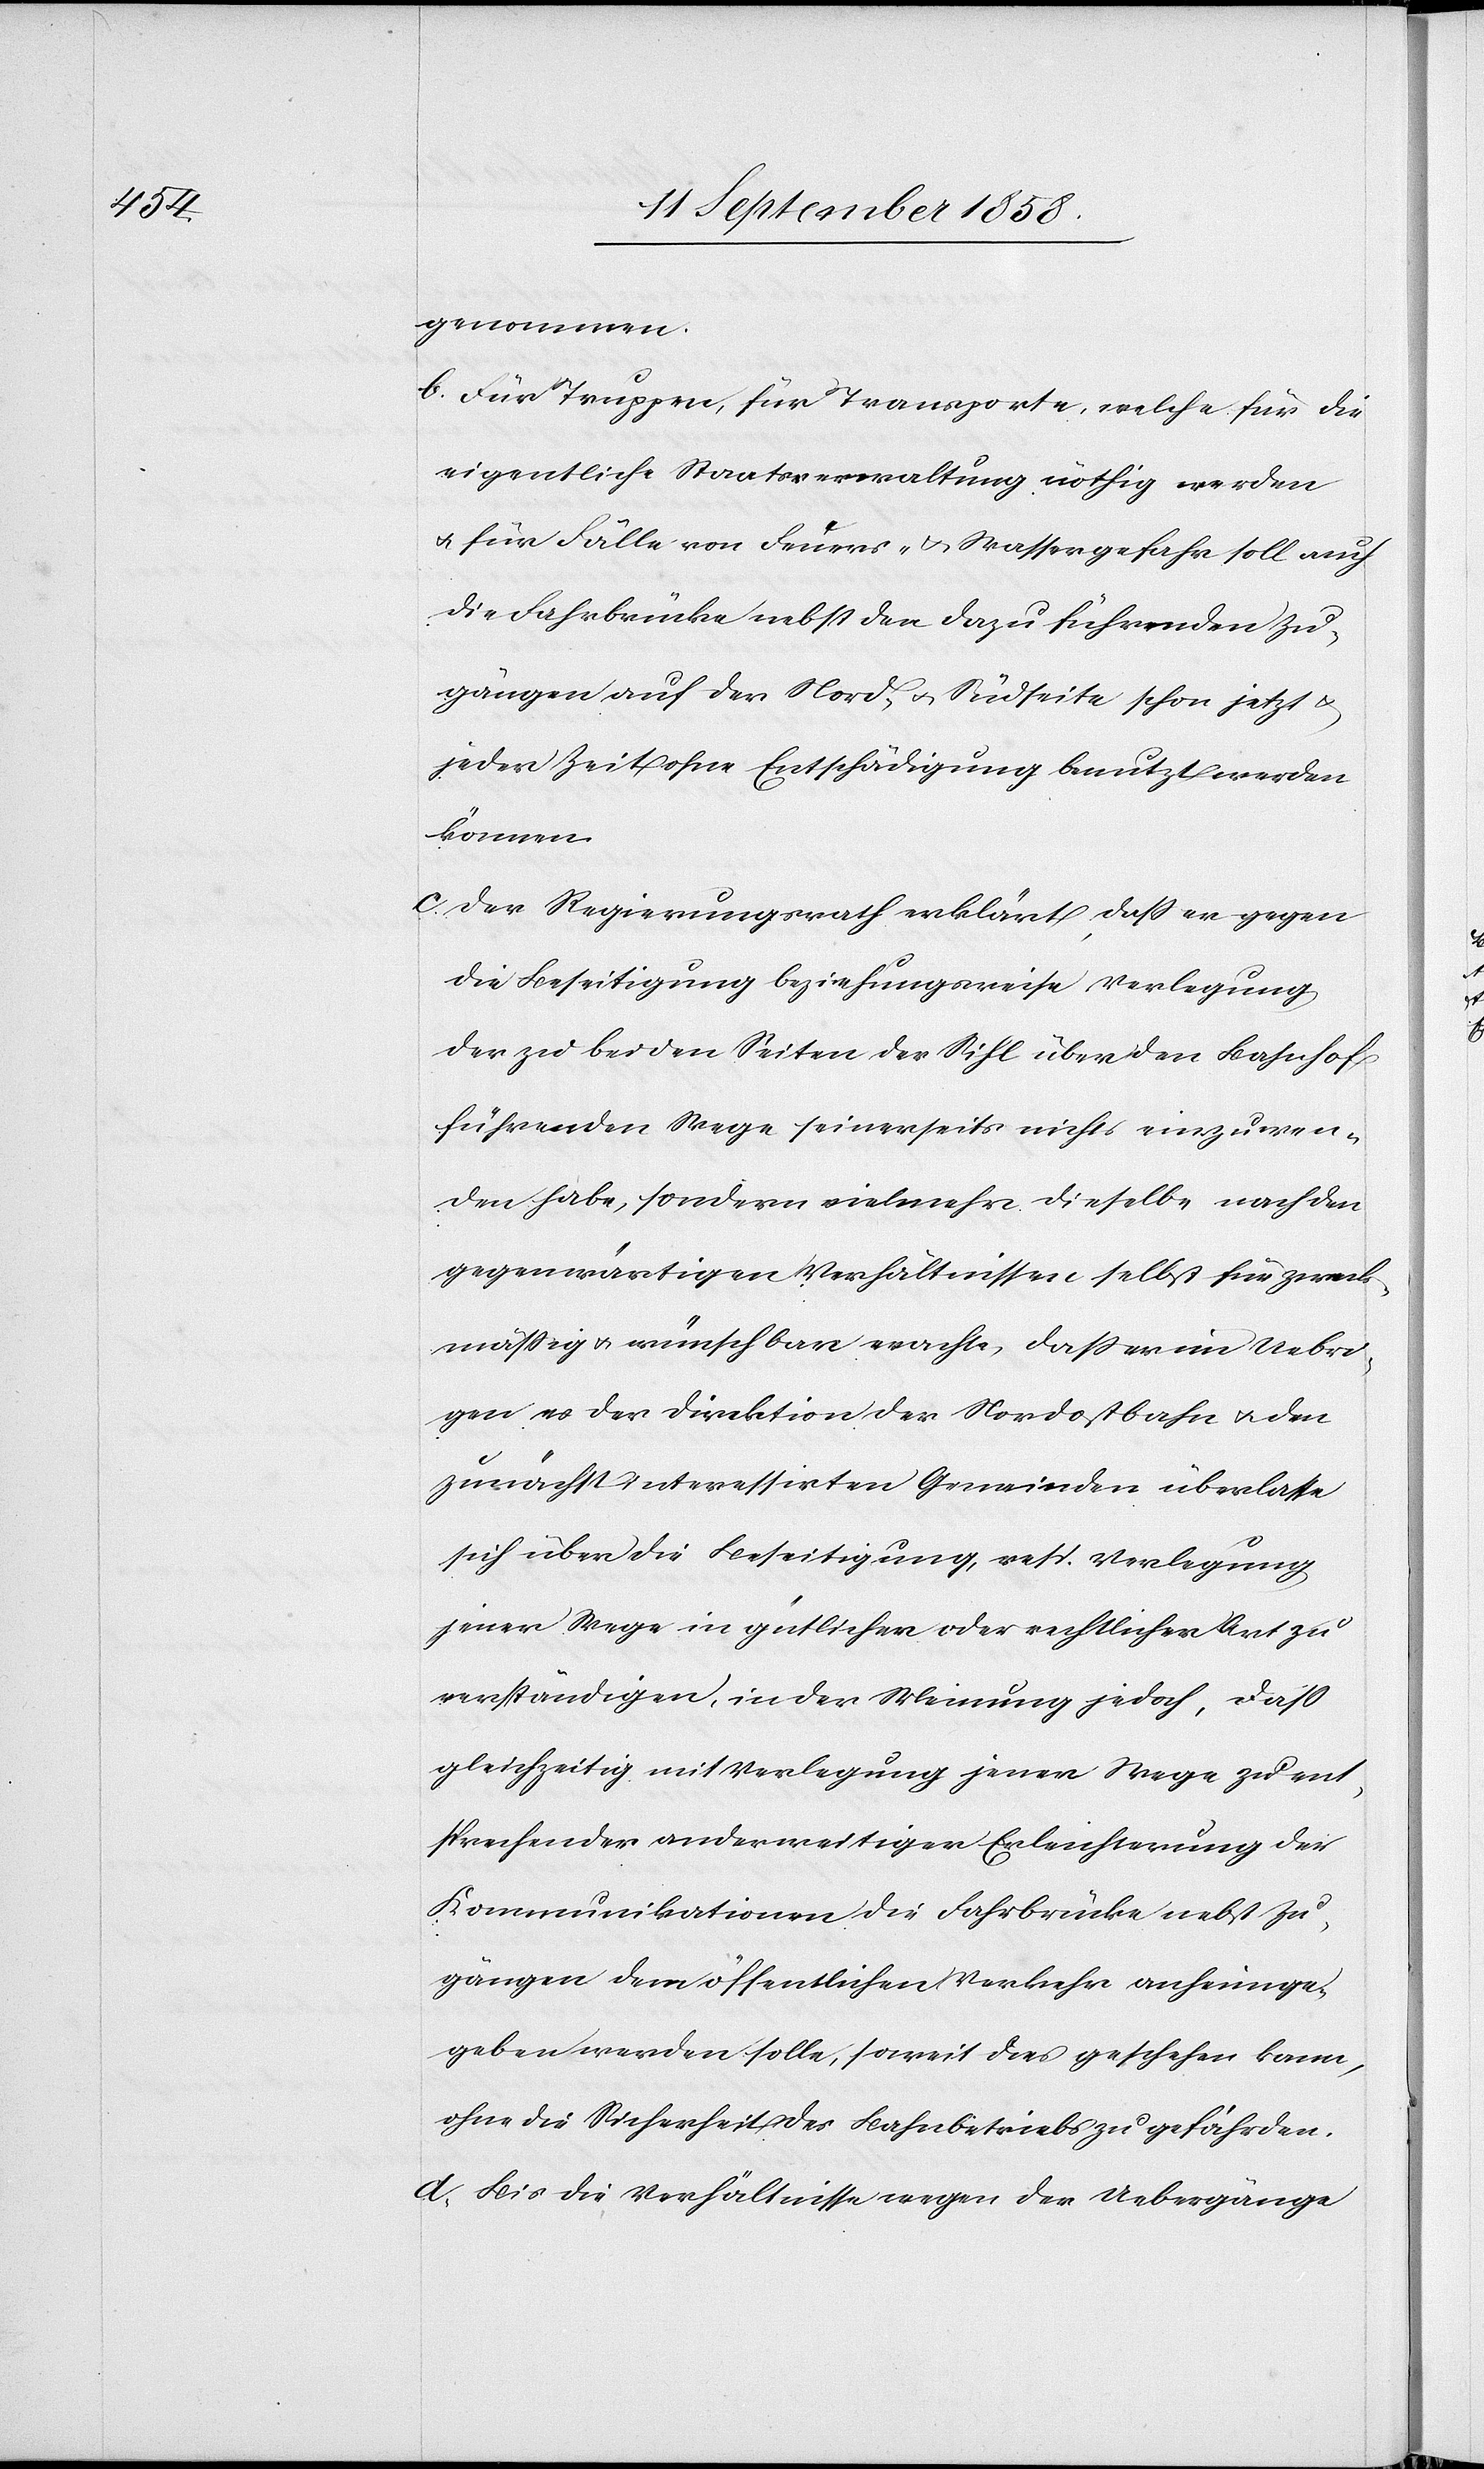
genommen.
Für Truppen, für Transporte, welche für die
eigentliche Staatsverwaltung nöthig werden
& für Fälle von Feuers- & Wassergefahr soll auch
die Fahrbrücke nebst den dazu führenden Zu¬
gängen auf der Nord- & Südseite schon jetzt &
jeder Zeit ohne Entschädigung benutzt werden
können.
Der Regierungsrath erklärt, daß er gegen
die Beseitigung beziehungsweise Verlegung
der zu beiden Seiten der Sihl über den Bahnhof
führenden Wege seinerseits nichts einzuwen¬
den habe, sondern vielmehr dieselbe nach den
gegenwärtigen Verhältnissen selbst für zweck¬
mäßig & wünschbar erachte, dass er im Uebri¬
gen es der Direktion der Nordostbahn & den
zunächst interessirten Gemeinden überlasse
sich über die Beseitigung, resp. Verlegung
jener Wege in gütlicher oder rechtlicher Art zu
verständigen, in der Meinung jedoch, dass
gleichzeitig mit Verlegung jener Wege zu ent¬
sprechender anderweitiger Erleichterung der
Kommunikationen die Fahrbrücke nebst Zu¬
gängen dem öffentlichen Verkehr anheimge¬
geben werden solle, soweit dies geschehen kann,
ohne die Sicherheit des Bahnbetriebs zu gefährden.
Bis die Verhältnisse wegen der Uebergänge